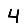
Digit: 4